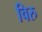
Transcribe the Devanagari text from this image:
चिरु